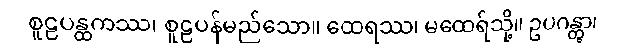
စူဠပန္ထကဿ၊ စူဠပန်မည်သော။ ထေရဿ၊ မထေရ်သို့။ ဥပဂန္တွာ၊